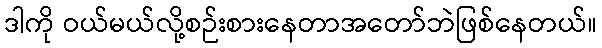
ဒါကို ဝယ်မယ်လို့စဉ်းစားနေတာအတော်ဘဲဖြစ်နေတယ်။